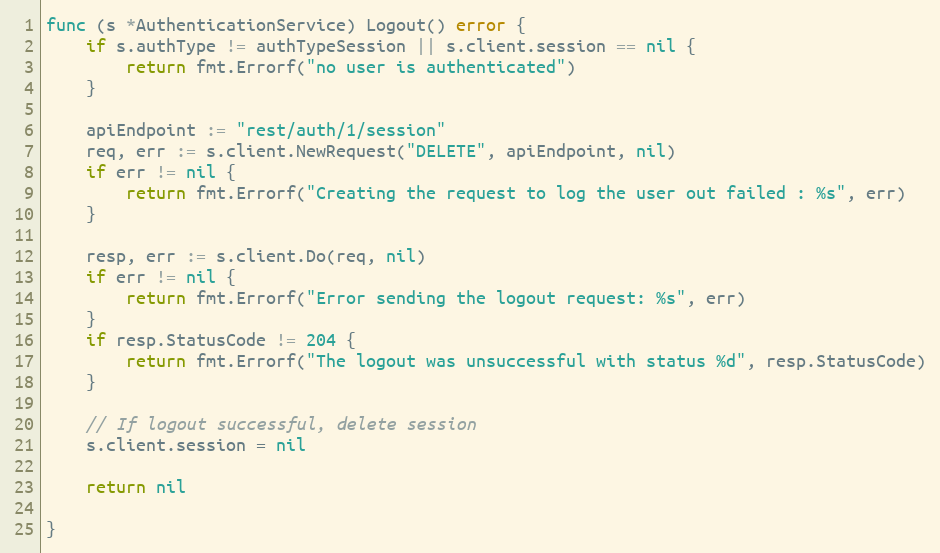
Language: Go
func (s *AuthenticationService) Logout() error {
	if s.authType != authTypeSession || s.client.session == nil {
		return fmt.Errorf("no user is authenticated")
	}

	apiEndpoint := "rest/auth/1/session"
	req, err := s.client.NewRequest("DELETE", apiEndpoint, nil)
	if err != nil {
		return fmt.Errorf("Creating the request to log the user out failed : %s", err)
	}

	resp, err := s.client.Do(req, nil)
	if err != nil {
		return fmt.Errorf("Error sending the logout request: %s", err)
	}
	if resp.StatusCode != 204 {
		return fmt.Errorf("The logout was unsuccessful with status %d", resp.StatusCode)
	}

	// If logout successful, delete session
	s.client.session = nil

	return nil

}